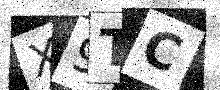
Text: X9TC